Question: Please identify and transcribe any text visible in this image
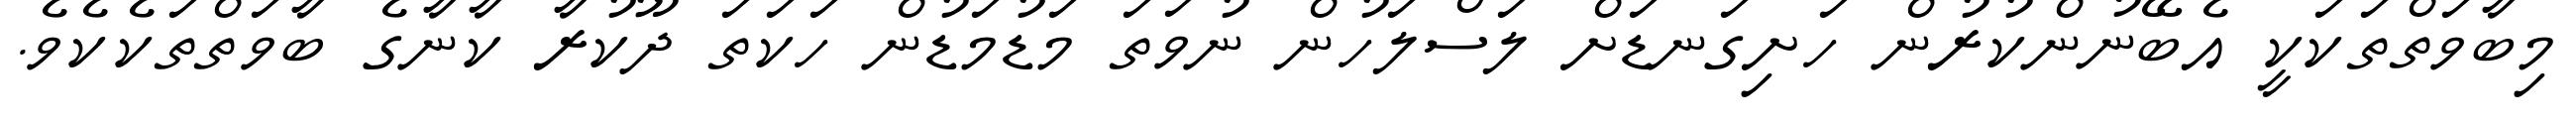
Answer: މިބާވަތްތަކަކީ އެބޭނުންކުރުން ހަށިގަނޑަށް ލަސްލަހުން ނުވަތަ މަޑުމަޑުން ހަކަތަ ދޫކުރާ ކާނާގެ ބާވަތްތަކެކެވެ.